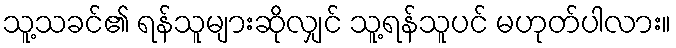
သူ့သခင်၏ ရန်သူများဆိုလျှင် သူ့ရန်သူပင် မဟုတ်ပါလား။